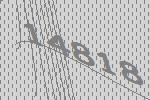
14818